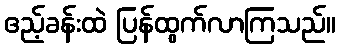
ဧည့်ခန်းထဲ ပြန်ထွက်လာကြသည်။